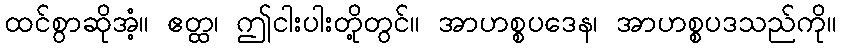
ထင်စွာဆိုအံ့။ ဧတ္ထ၊ ဤငါးပါးတို့တွင်။ အာဟစ္စပဒေန၊ အာဟစ္စပဒသည်ကို။